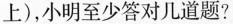
上)，小明至少答对几道题?